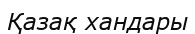
Қазақ хандары